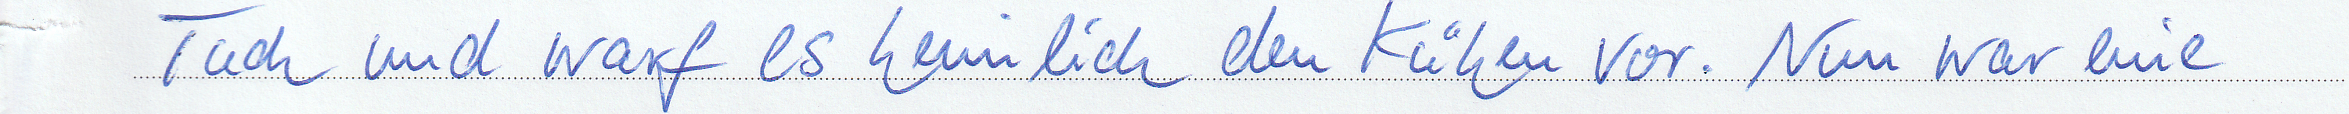
Tuch und warf es heimlich den Kühen vor. Nun war eine